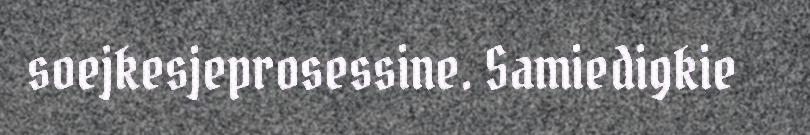
soejkesjeprosessine. Samiedigkie